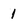
Character: 1